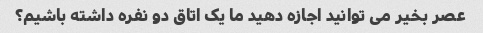
عصر بخیر می توانید اجازه دهید ما یک اتاق دو نفره داشته باشیم؟